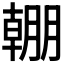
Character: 𣎠